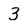
Character: 3